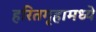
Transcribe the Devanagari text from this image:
हरितगृहामध्ये